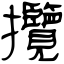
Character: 攬